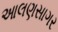
આલણસાગર